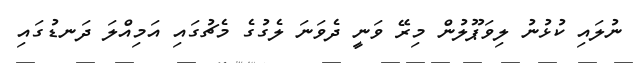
ނުލައި ކުޅުނު ލިވަޕޫލުން މިރޭ ވަނީ ދެވަނަ ލެގުގެ މެޗުގައި އަމިއްލަ ދަނޑުގައި